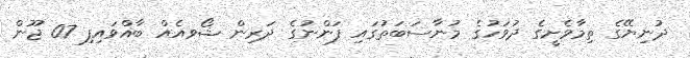
ދުނިޔޭގެ ތިމާވެށީގެ ދުވަހުގެ މުނާސަބަތުގައި ފަންނުގެ ދަރިން ޝޯވއެއް ބާއްވައިފި 07 ޖޫން